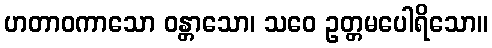
ဟတာဝကာသော ဝန္တာသော၊ သဝေ ဥတ္တမပေါရိသော။